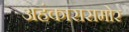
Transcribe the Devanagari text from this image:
अहंकारासमोर